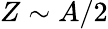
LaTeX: Z\sim A/2